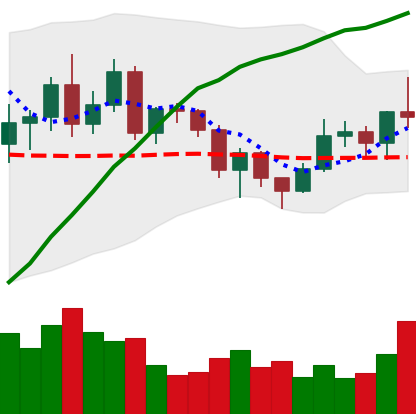
Ticker: NEO-USD
Chart end date: 2020-12-17
Forward return: -6.796%
Label: down_5_7